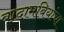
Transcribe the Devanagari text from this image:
बादामबियांचा